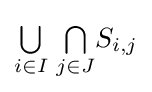
{\textstyle \bigcup \limits _{i\in I}}\;{\textstyle \bigcap \limits _{j\in J}}S_{i,j}